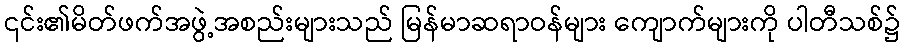
၎င်း၏မိတ်ဖက်အဖွဲ့အစည်းများသည် မြန်မာဆရာဝန်များ ကျောက်များကို ပါတီသစ်၌